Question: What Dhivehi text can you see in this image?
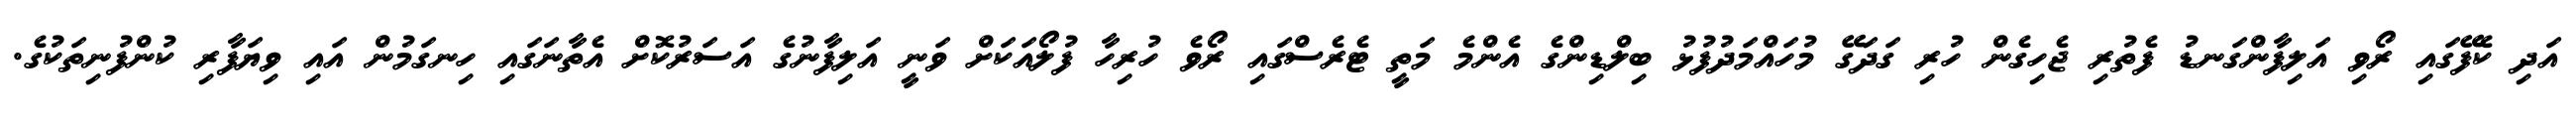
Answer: އަދި ކެފޭގައި ރޯވި އަލިފާންގަނޑު ފެތުރި ޖެހިގެން ހުރި ގަދަގޭ މުހައްމަދުފުޅު ބިލްޑިންގެ އެންމެ މަތީ ޓެރެސްގައި ރޯވެ ހުރިހާ ފުލޯއަކަށް ވަނީ އަލިފާނުގެ އަސަރުކޮށް އެތާނަގައި ހިނގަމުން އައި ވިޔަފާރި ކުންފުނިތަކުގެ.